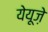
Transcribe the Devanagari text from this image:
येयूज़े